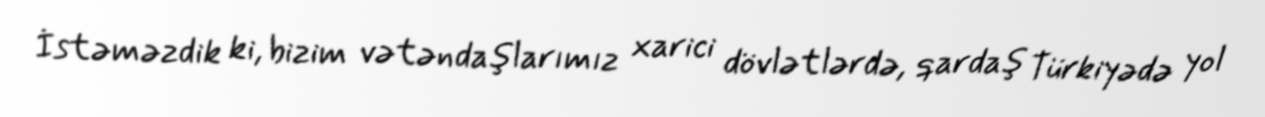
İstəməzdik ki, bizim vətəndaşlarımız xarici dövlətlərdə, qardaş Türkiyədə yol